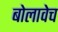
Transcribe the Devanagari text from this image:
बोलावेच